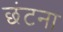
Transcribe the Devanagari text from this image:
छंटना